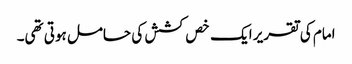
امام کی تقریر ایک خص کشش کی حامل ہوتی تھی۔